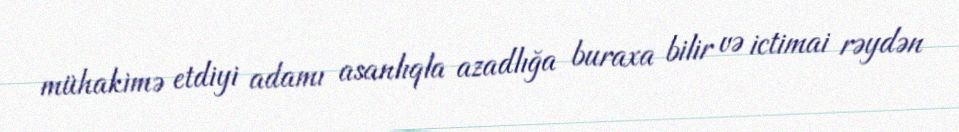
mühakimə etdiyi adamı asanlıqla azadlığa buraxa bilir və ictimai rəydən